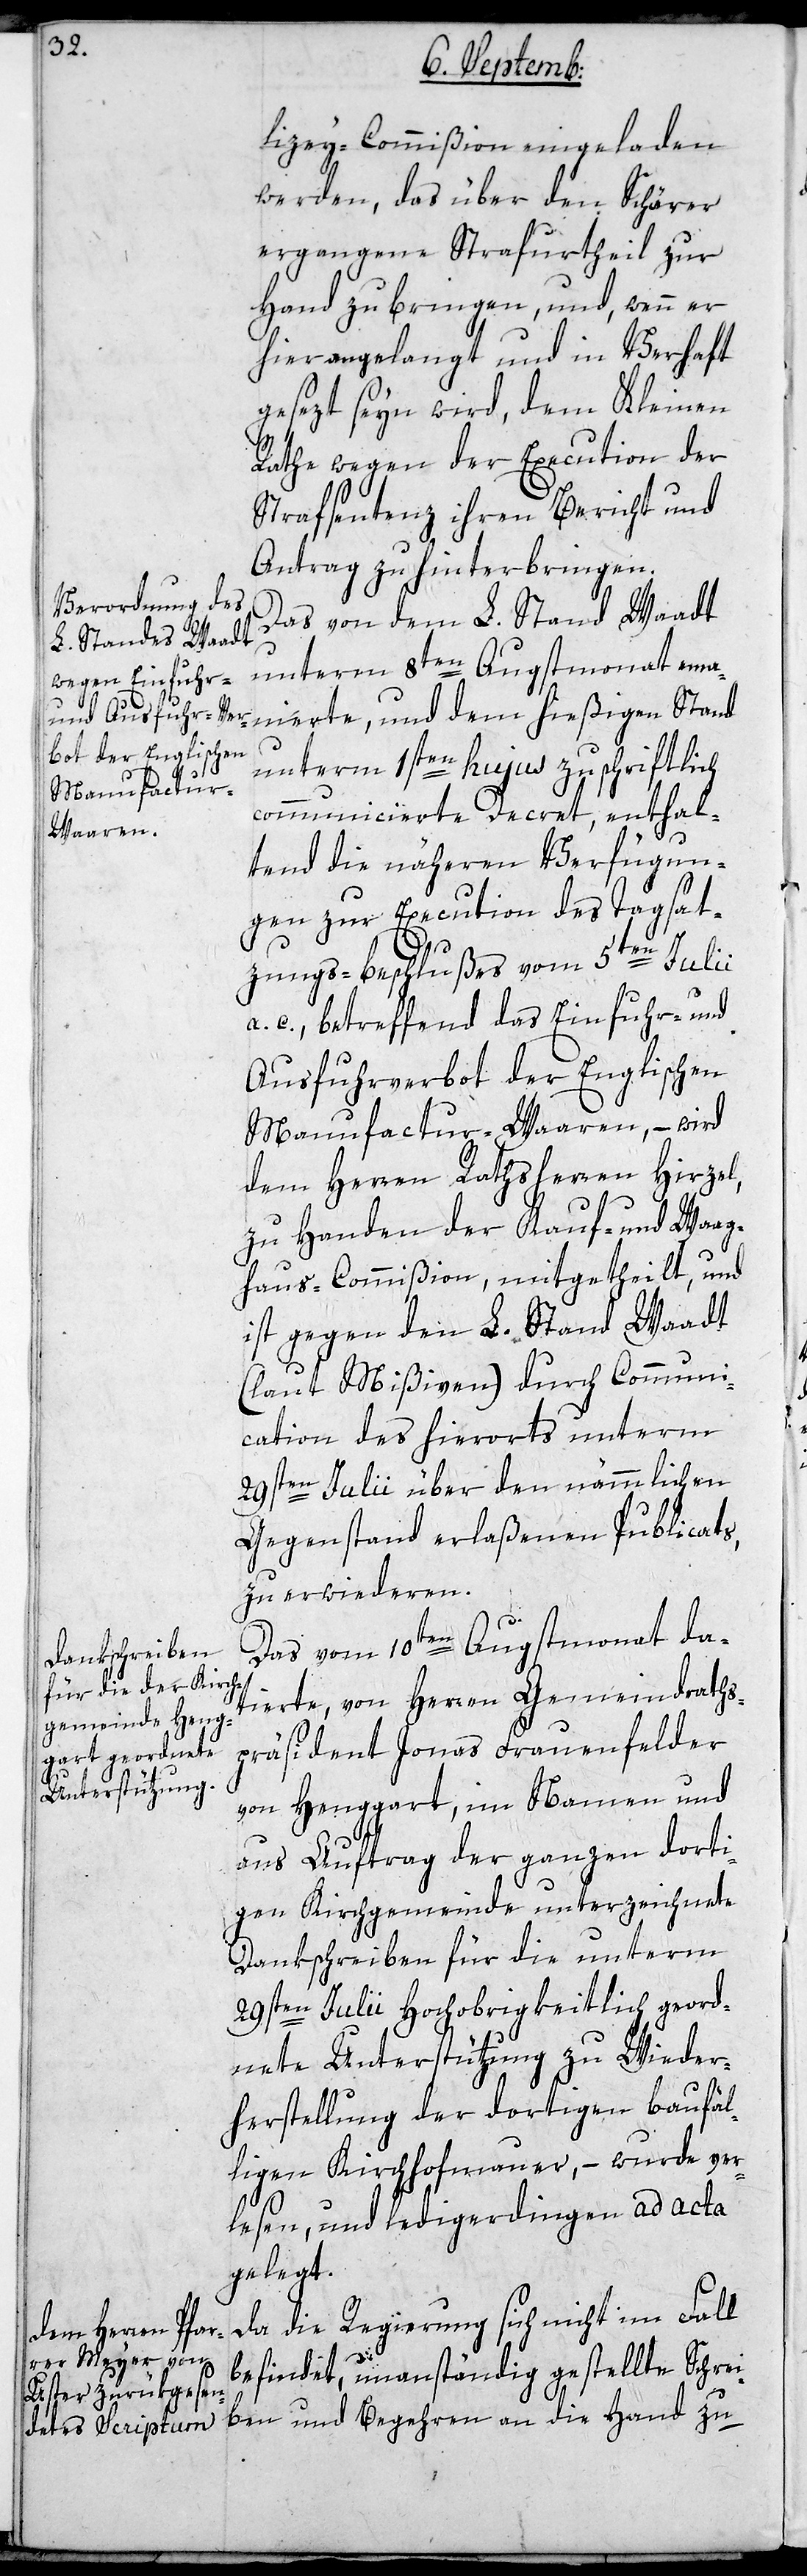
lizey-Commißion eingeladen
werden, das über den Schärer
ergangene Strafurtheil zur
Hand zu bringen, und, wenn er
hier angelangt und in Verhaft
gesezt sein wird, dem Kleinen
Rathe wegen der Execution der
Strafsentenz ihren Bericht und
Antrag zu hinterbringen.
Das von dem L. Stand Waadt
unterm 8ten Augstmonat ema¬
nierte, und dem hießigen Stand
unterm 1sten hujus zuschriftlich
communicierte Decret, enthal¬
tend die nähern Verfügun¬
gen zur Execution des Tagsat¬
zungsbeschlußes vom 5ten Julii
a. c., betreffend das Einfuhr- und
Ausfuhrverbot der Englischen
Manufactur-Waaren, – wird
dem Herren Rathsherren Hirzel,
zu Handen der Kauf- und Waag¬
hauskommißion mitgetheilt, und
ist gegen den L. Stand Waadt
(laut Mißiven) durch Communi¬
cation des hierorts unterm
29sten Julii über den nämmlichen
Gegenstand erlaßenen Publicats,
zu erwiederen.
Das vom 10ten Augstmonat da¬
tierte, von Herren Gemeindraths¬
präsident Jonas Frauenfelder
von Henggart, im Namen und
aus Auftrag der ganzen dorti¬
gen Kirchgemeinde unterzeichnete
Dankschreiben für die unterm
29sten Julii Hochobrigkeitlich geord¬
nete Unterstützung zu Wieder¬
herstellung der dortigen baufäl¬
ligen Kirchhofmauer, – wurde ver¬
lesen, und ledigerdingen ad acta
gelegt.
Da die Regierung sich nicht im Fall
befindet, unanständig gestellte Schrei¬
ben und Begehren an die Hand zu